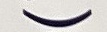
(